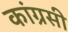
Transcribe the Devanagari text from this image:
कांग्रसी